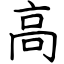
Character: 高